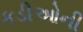
કડીઓની